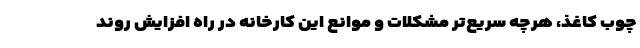
چوب کاغذ، هرچه سریع‌تر مشکلات و موانع این کارخانه در راه افزایش روند